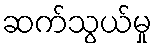
ဆက်သွယ်မှု